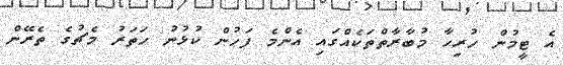
އެ ޓީމުން ހުރިހާ މުބާރާތްތަކެއްގައި އެންމެ ފަހުން ކުޅުނު ހަތަރު މެޗުގެ ތެރޭން